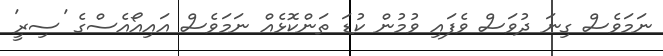
ނަމަވެސް ގިނަ ދުވަސް ވެފައި ވުމުން ކުޑަ ތަންކޮޅެއް ނަމަވެސް އައިއޯއެސްގެ 'ސިރީ'